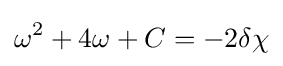
\omega ^{2}+4\omega +C=-2\delta \chi